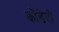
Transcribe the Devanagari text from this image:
कोंडेलो